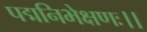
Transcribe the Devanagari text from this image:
पद्मनिभेक्षणः।।